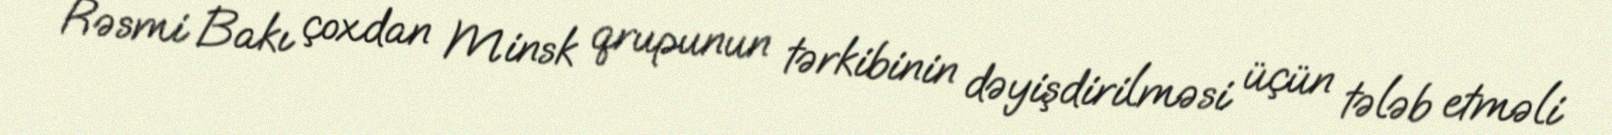
Rəsmi Bakı çoxdan Minsk qrupunun tərkibinin dəyişdirilməsi üçün tələb etməli